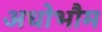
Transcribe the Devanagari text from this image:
अधोभौम